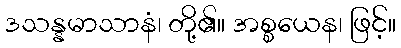
ဒသန္နမာသာနံ၊ တို့၏။ အစ္စယေန၊ ဖြင့်။